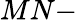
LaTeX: MN-